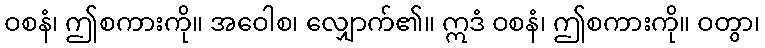
ဝစနံ၊ ဤစကားကို။ အဝေါစ၊ လျှောက်၏။ ဣဒံ ဝစနံ၊ ဤစကားကို။ ဝတွာ၊